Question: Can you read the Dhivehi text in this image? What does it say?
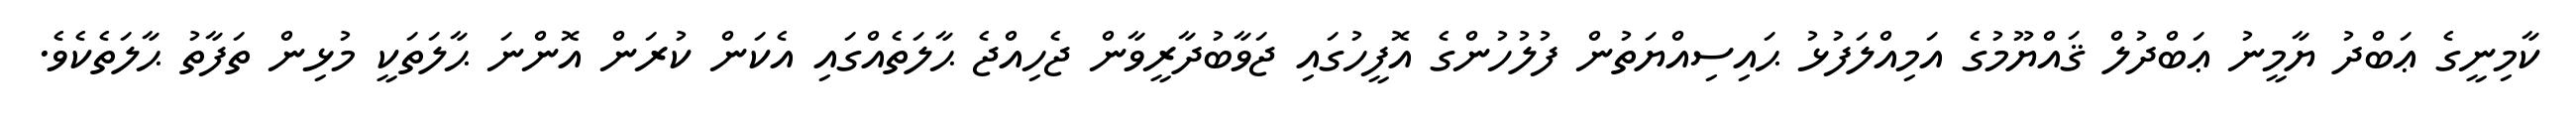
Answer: ކާމިނީގެ ޢަބްދު ޔާމީނު ޢަބްދުލް ޤައްޔޫމުގެ އަމިއްލަފުޅު ޙައިސިއްޔަތުން ފުލުހުންގެ އޮފީހުގައި ޖަވާބުދާރީވާން ޖެހިއްޖެ ޙާލަތެއްގައި އެކަން ކުރަން އޮންނަ ޙާލަތަކީ މުޅިން ތަފާތު ޙާލަތެކެވެ.